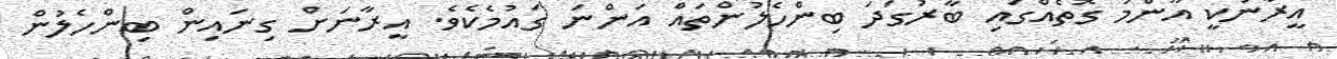
އީރާނަކީ އާންމު ގޮތެއްގައި ބާރުގަދަ ބިންހެލުންތައް އަންނަ ގައުމެކެވެ. އީރާނަށް ގިނައިން ބިންހެލުން